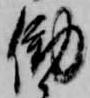
働